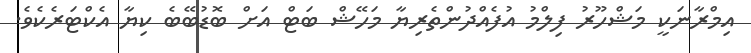
އިމްރާނަކީ މަޝްހޫރު ފިލްމު އުފެއްދުންތެރިޔާ މަހޭޝް ބަޓް އަށް ބޮޑުބޭބެ ކިޔާ އެކްޓަރެކެވެ.